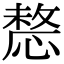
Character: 𢟤